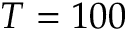
T = 1 0 0